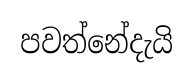
පවත්නේදැයි